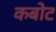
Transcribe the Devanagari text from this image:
कबोट